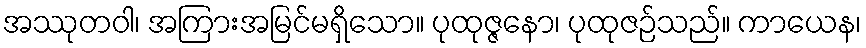
အဿုတဝါ၊ အကြားအမြင်မရှိသော။ ပုထုဇ္ဇနော၊ ပုထုဇဉ်သည်။ ကာယေန၊